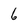
Character: 6